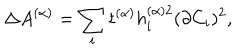
\Delta A ^ { ( \alpha ) } = \sum _ { i } t ^ { ( \alpha ) } h _ { i } ^ { ( \alpha ) 2 } ( \partial C _ { i } ) ^ { 2 } ,